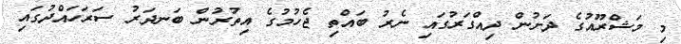
މި މަޝްރޫއުގެ ދަށުން ދިއްގަރުގައި ނެރު ބައްތި ޖެހުމުގެ އިތުރުން ބަނދަރު ސަރަހައްދުގައި